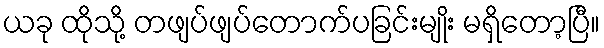
ယခု ထိုသို့ တဖျပ်ဖျပ်တောက်ပခြင်းမျိုး မရှိတော့ပြီ။